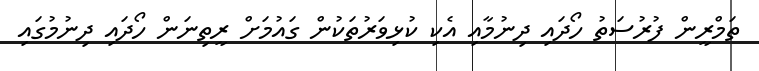
ތަމްރީން ފުރުސަތު ހޯދައި ދިނުމާއި އެކި ކުޅިވަރުތަކުން ގައުމަށް ރީތިނަން ހޯދައި ދިނުމުގައި